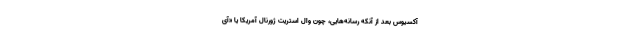
آکسیوس بعد از آنکه رسانه‌هایی، چون وال استریت ژورنال آمریکا یا «آی